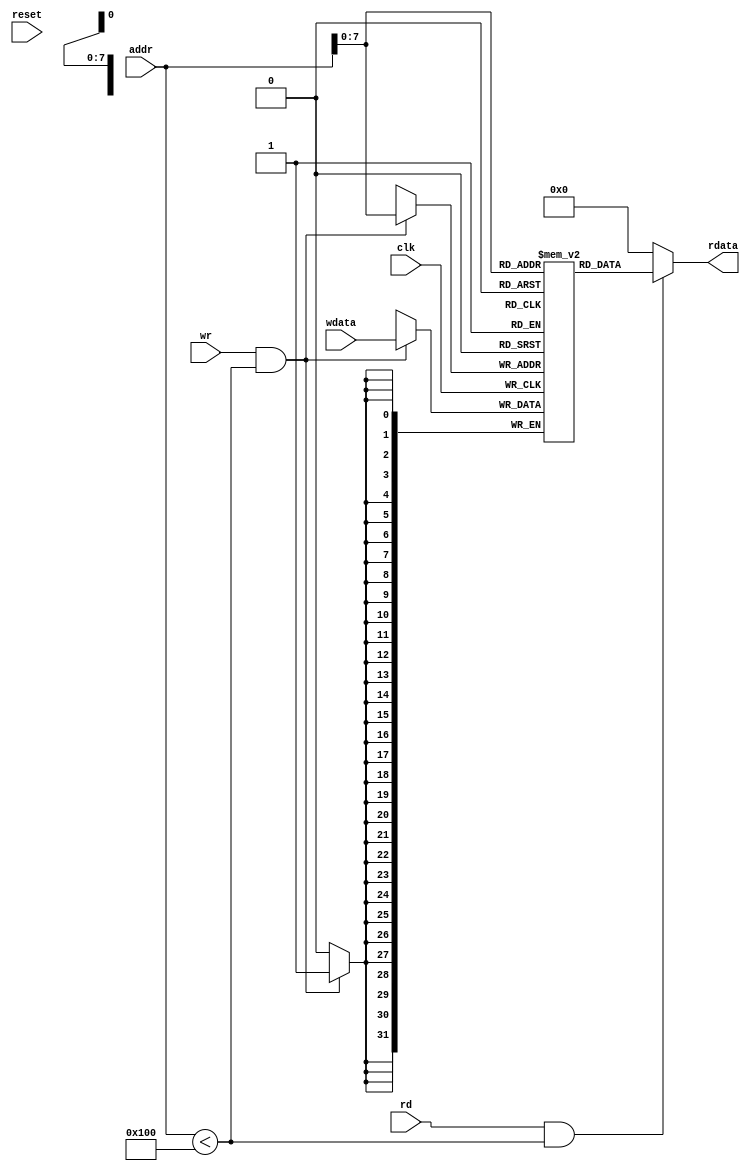
module DataMem (reset,clk,rd,wr,addr,wdata,rdata);
input reset,clk;
input rd,wr;
input [31:0] addr;
output [31:0] rdata;
reg [31:0] rdata;
input [31:0] wdata;

parameter RAM_SIZE = 256;
reg [31:0] RAMDATA [RAM_SIZE-1:0];

assign rdata=(rd && (addr < RAM_SIZE))?RAMDATA[addr]:32'b0;

always@(posedge clk) begin
	if(wr && (addr < RAM_SIZE)) RAMDATA[addr]<=wdata;
end

endmodule